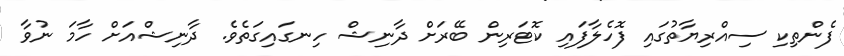
ފެންތިކި ސިއްރިޔާތުގައިި ފޮހެލާފައި ކޮޓަރިން ބޭރަށް ދާނިޝް ހިނގައިގަތެވެ. ދާނިޝްއަށް ހާމަ ނުވާ